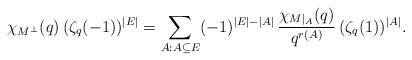
LaTeX: \begin{align*}\chi_{M^\perp}(q)\,(\zeta_q(-1))^{|E|}=\sum_{A:A\subseteq E}(-1)^{|E|-|A|}\,\frac{\chi_{M|_A}(q)}{q^{r(A)}}\,(\zeta_q(1))^{|A|}.\end{align*}